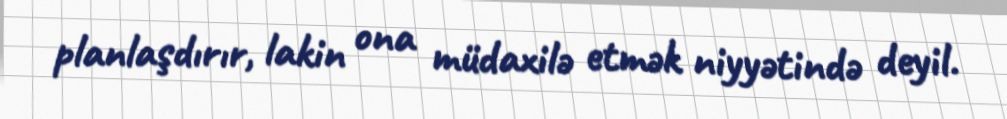
planlaşdırır, lakin ona müdaxilə etmək niyyətində deyil.